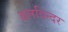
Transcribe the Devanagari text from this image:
बलविन्दर